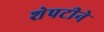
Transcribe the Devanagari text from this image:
शेपटीने